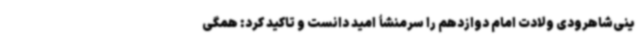
ینی‌شاهرودی ولادت امام دوازدهم را سرمنشأ امید دانست و تاکید کرد: همگی